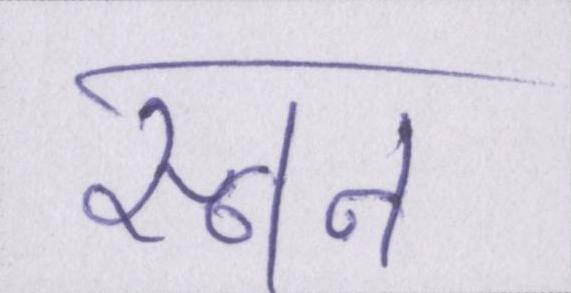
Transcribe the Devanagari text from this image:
स्नान